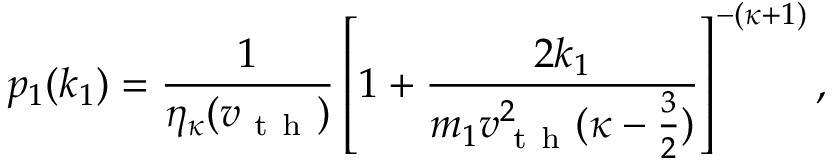
p _ { 1 } ( k _ { 1 } ) = \frac { 1 } { \eta _ { \kappa } ( v _ { \mathrm { ~ t ~ h ~ } } ) } \left[ 1 + \frac { 2 k _ { 1 } } { m _ { 1 } v _ { \mathrm { ~ t ~ h ~ } } ^ { 2 } ( \kappa - \frac { 3 } { 2 } ) } \right] ^ { - ( \kappa + 1 ) } ,